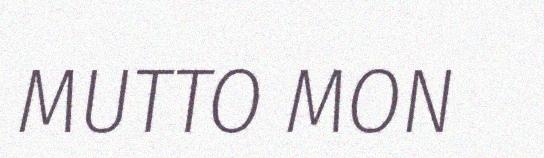
MUTTO MON